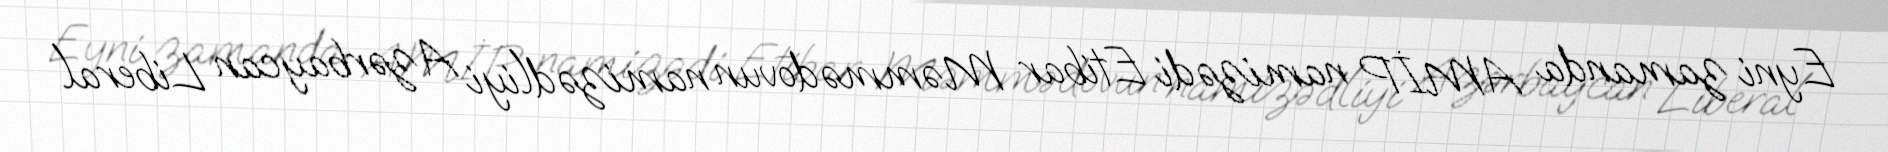
Eyni zamanda AMİP namizədi Etibar Məmmədovun namizədliyi Azərbaycan Liberal